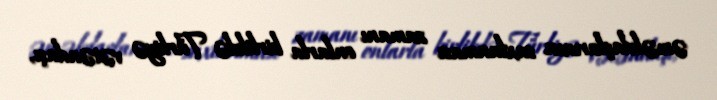
əməkdaşlarının saxlanması zamanı onlarla birlikdə Türkiyə vətəndaşı,